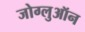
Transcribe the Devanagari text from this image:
जोग्लुऑन